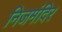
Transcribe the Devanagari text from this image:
निजमंदिर